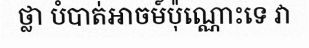
ថ្លា បំបាត់អាចម៍ប៉ុណ្ណោះទេ វា